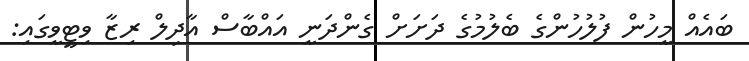
ބައެއް މީހުން ފުލުހުންގެ ބެލުމުގެ ދަށަށް ގެންދަނީ އައްބާސް އާދިލް ރިޒާ ވިޓީވީގައި: